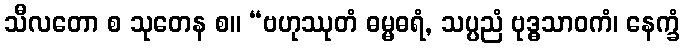
သီလတော စ သုတေန စ။ “ဗဟုဿုတံ ဓမ္မဓရံ, သပ္ပညံ ဗုဒ္ဓသာဝကံ၊ နေက္ခံ